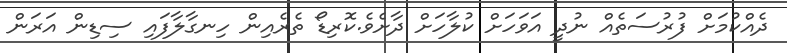
ދެއްކުމަށް ފުރުސަތެއް ނުދީ އަވަހަށް ކުލާހަށް ދާށެވެ.ކޮރިޑޯ ތެރެއިން ހިނގާލާފައި ސިޑިން އަރަން